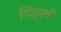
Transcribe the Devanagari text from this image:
पिहले